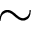
\sim